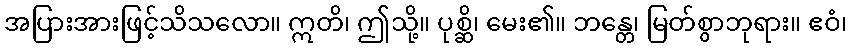
အပြားအားဖြင့်သိသလော။ ဣတိ၊ ဤသို့။ ပုစ္ဆိ၊ မေး၏။ ဘန္တေ၊ မြတ်စွာဘုရား။ ဧဝံ၊